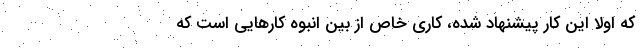
که اولاً این کار پیشنهاد شده، کاری خاص از بین انبوه کارهایی است که